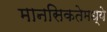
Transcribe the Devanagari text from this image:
मानसिकतेमध्ये